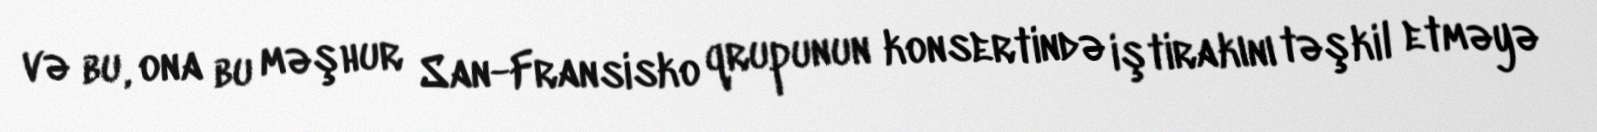
və bu, ona bu məşhur San-Fransisko qrupunun konsertində iştirakını təşkil etməyə